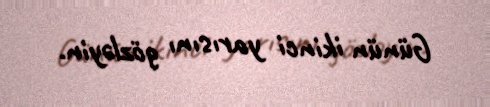
Günün ikinci yarısını gözləyin.